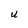
Character: U